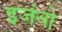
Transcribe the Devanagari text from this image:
इजंनो